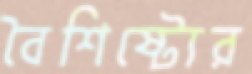
বৈশিষ্ট্যের